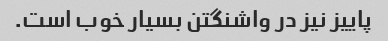
پاییز نیز در واشنگتن بسیار خوب است.